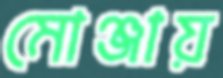
মোঞ্জায়